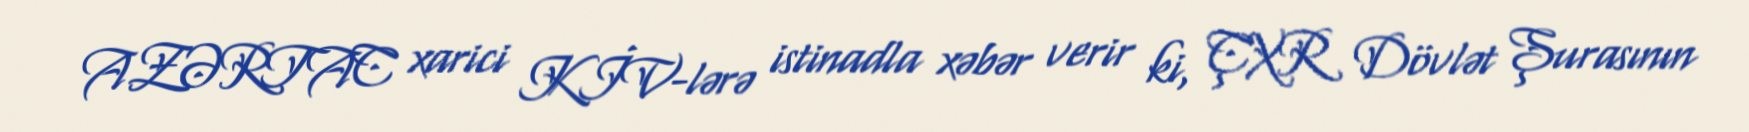
AZƏRTAC xarici KİV-lərə istinadla xəbər verir ki, ÇXR Dövlət Şurasının